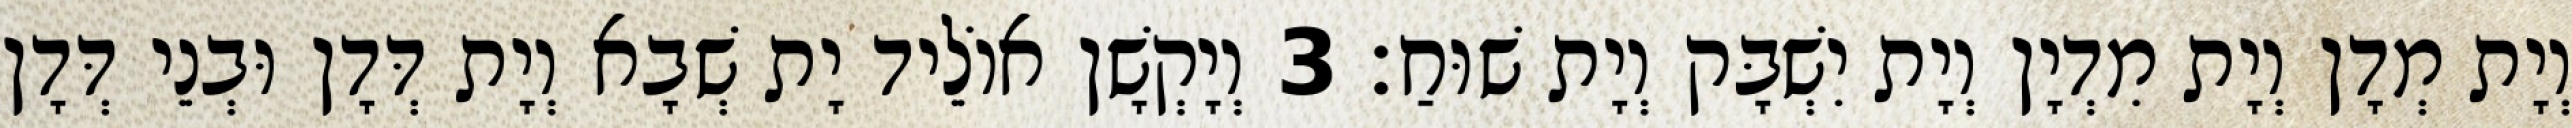
וְיָת מְדָן וְיָת מִדְיָן וְיָת יִשְׁבָּק וְיָת שׁוּחַ׃ 3 וְיָקְשָׁן אוֹלֵיד יָת שְׁבָא וְיָת דְּדָן וּבְנֵי דְּדָן